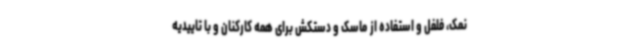
نمک، فلفل و استفاده از ماسک و دستکش برای همه کارکنان و با تاییدیه